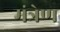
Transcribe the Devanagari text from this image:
मंत्रेण